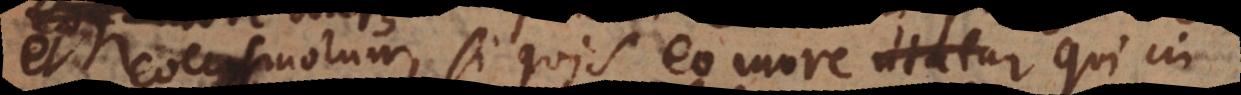
et coccysmorum, si quis eo more qui in